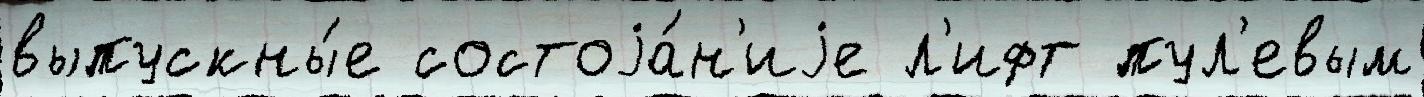
выпускны́е состоjа́н'иjе л'ифт пул'евым